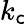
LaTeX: k_{\mathsf{c}}